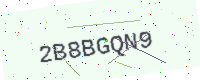
Text: 2B8BGQN9